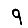
Digit: 9